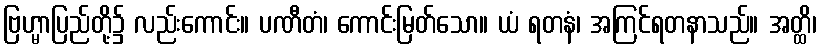
ဗြဟ္မာပြည်တို့၌ လည်းကောင်း။ ပဏီတံ၊ ကောင်းမြတ်သော။ ယံ ရတနံ၊ အကြင်ရတနာသည်။ အတ္ထိ၊